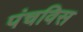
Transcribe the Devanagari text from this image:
पंचविस